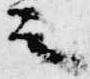
言